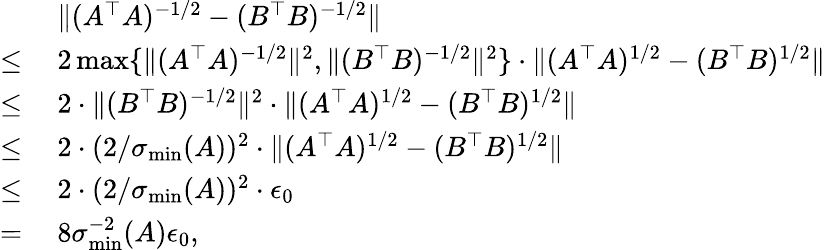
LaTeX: \begin{array}{rl}&{~\| (A^{\top}A)^{-1/2}-(B^{\top}B)^{-1/2}\| }\\ {\leq}&{~2\operatorname*{max}\{ \| (A^{\top}A)^{-1/2}\| ^{2},\| (B^{\top}B)^{-1/2}\| ^{2}\} \cdot\| (A^{\top}A)^{1/2}-(B^{\top}B)^{1/2}\| }\\ {\leq}&{~2\cdot\| (B^{\top}B)^{-1/2}\| ^{2}\cdot\| (A^{\top}A)^{1/2}-(B^{\top}B)^{1/2}\| }\\ {\leq}&{~2\cdot(2/\sigma_{\operatorname*{min}}(A))^{2}\cdot\| (A^{\top}A)^{1/2}-(B^{\top}B)^{1/2}\| }\\ {\leq}&{~2\cdot(2/\sigma_{\operatorname*{min}}(A))^{2}\cdot\epsilon_{0}}\\ {=}&{~8\sigma_{\operatorname*{min}}^{-2}(A)\epsilon_{0},}\end{array}